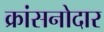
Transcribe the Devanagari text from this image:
क्रांसनोदार